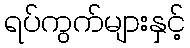
ရပ်ကွက်များနှင့်